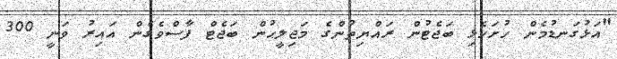
"އަޅުގަނޑުމެން ހުށަހެޅި ބަޖެޓުން ރައްޔިތުންގެ މަޖިލީޙުން ބަޖެޓް ފާސްވެގެން އައިރު ވަނީ 300